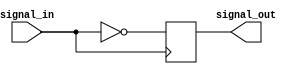
module Inverter_Delay(
    input wire signal_in,
    output reg signal_out
);

reg delayed_signal;

// Timing control and synchronization blocks
always @(posedge signal_in)
    delayed_signal <= #1 ~signal_in;

always @*
    signal_out <= delayed_signal;

endmodule